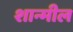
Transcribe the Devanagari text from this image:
शान्मील